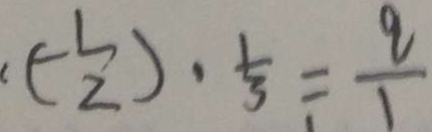
( - \frac { 1 } { 2 } ) \cdot \frac { 1 } { 3 } = \frac { q } { 1 }